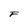
Character: F